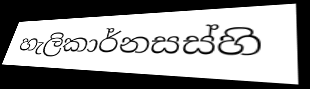
හැලිකාර්නසස්හි